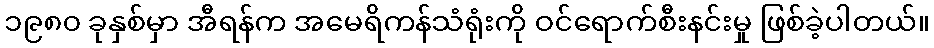
၁၉၈၀ ခုနှစ်မှာ အီရန်က အမေရိကန်သံရုံးကို ဝင်ရောက်စီးနင်းမှု ဖြစ်ခဲ့ပါတယ်။